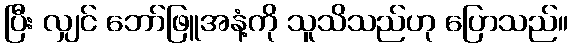
ပြီး လျှင် ဘော်ဖြူအနံ့ကို သူသိသည်ဟု ပြောသည်။